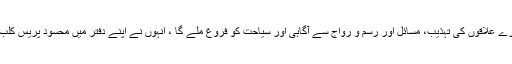
انیوں نے مزید کہا ہے کہ صحافیوں کے سٹڈی ٹور سے دوسرے علاقوں کی تہذیب، مسائل اور رسم و رواج سے آگاہی اور سیاحت کو فروغ ملے گا ، انہوں نے اپنے دفتر میں محسود پریس کلب جنوبی وزیرستان کے نمائندوں سے گفتگو کرتے ہوئے کہی۔